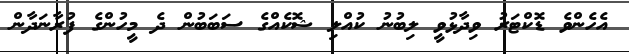
އެހެންވެ ޑޮކްޓަރު ވިދާޅުވީ ލިބުނު ކުއްލި ޝޮކެއްގެ ސަބަބުން ދެ މީހުންގެ ފުރާނަދާން